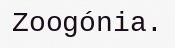
Zoogónia.